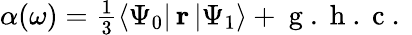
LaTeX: \begin{array}{r}{\alpha(\omega)=\frac{1}{3}\langle\Psi_{0}|\, \mathbf{r}\, |\Psi_{1}\rangle+\mathrm{~g~.~h~.~c~.~}}\end{array}